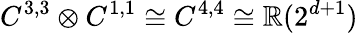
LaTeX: C^{3,3}\otimes C^{1,1}\cong C^{4,4}\cong\mathbb{R}(2^{d+1})